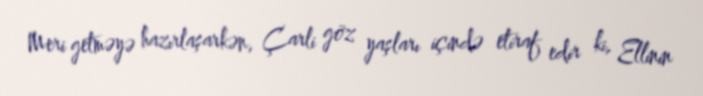
Meri getməyə hazırlaşarkən, Çarli göz yaşları içində etiraf edir ki, Ellinin